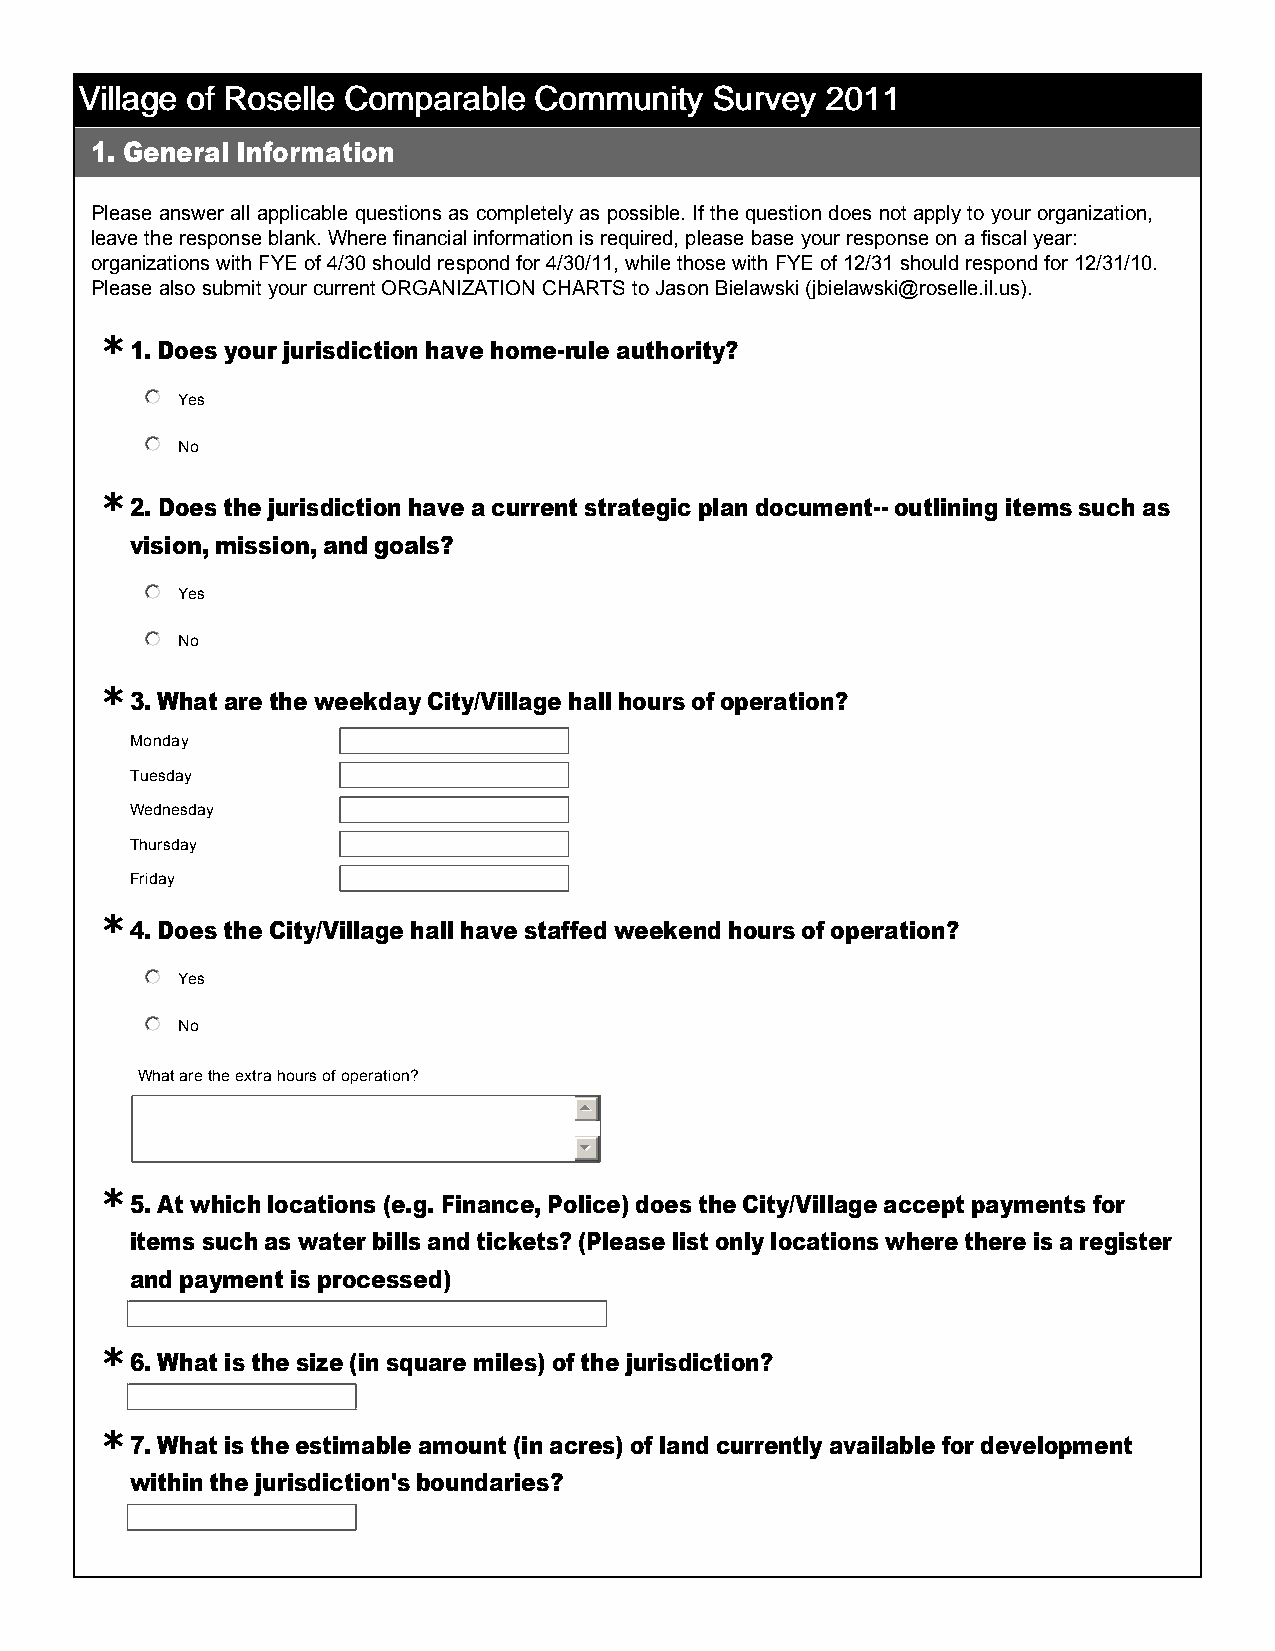
VVVViiiillllllllaaaaggggeeee ooooffff RRRRoooosssseeeelllllllleeee CCCCoooommmmppppaaaarrrraaaabbbblllleeee CCCCoooommmmmmmmuuuunnnniiiittttyyyy SSSSuuuurrrrvvvveeeeyyyy 2222000011111111
 1. General Information
 Please answer all applicable questions as completely as possible. If the question does not apply to your organization,
 leave the response blank. Where financial information is required, please base your response on a fiscal year:
 organizations with FYE of 4/30 should respond for 4/30/11, while those with FYE of 12/31 should respond for 12/31/10.
 Please also submit your current ORGANIZATION CHARTS to Jason Bielawski (jbielawski@roselle.il.us).
 *
 1. Does your jurisdiction have home­rule authority?
 nmlkj Yes
 nmlkj No
 *
 2. Does the jurisdiction have a current strategic plan document­­ outlining items such as
 vision, mission, and goals?
 nmlkj Yes
 nmlkj No
 *
 3. What are the weekday City/Village hall hours of operation?
 Monday
 Tuesday
 Wednesday
 Thursday
 Friday
 *
 4. Does the City/Village hall have staffed weekend hours of operation?
 nmlkj Yes
 nmlkj No
 What are the extra hours of operation?
 55
 66
 *
 5. At which locations (e.g. Finance, Police) does the City/Village accept payments for
 items such as water bills and tickets? (Please list only locations where there is a register
 and payment is processed)
 *
 6. What is the size (in square miles) of the jurisdiction?
 *
 7. What is the estimable amount (in acres) of land currently available for development
 within the jurisdiction's boundaries?